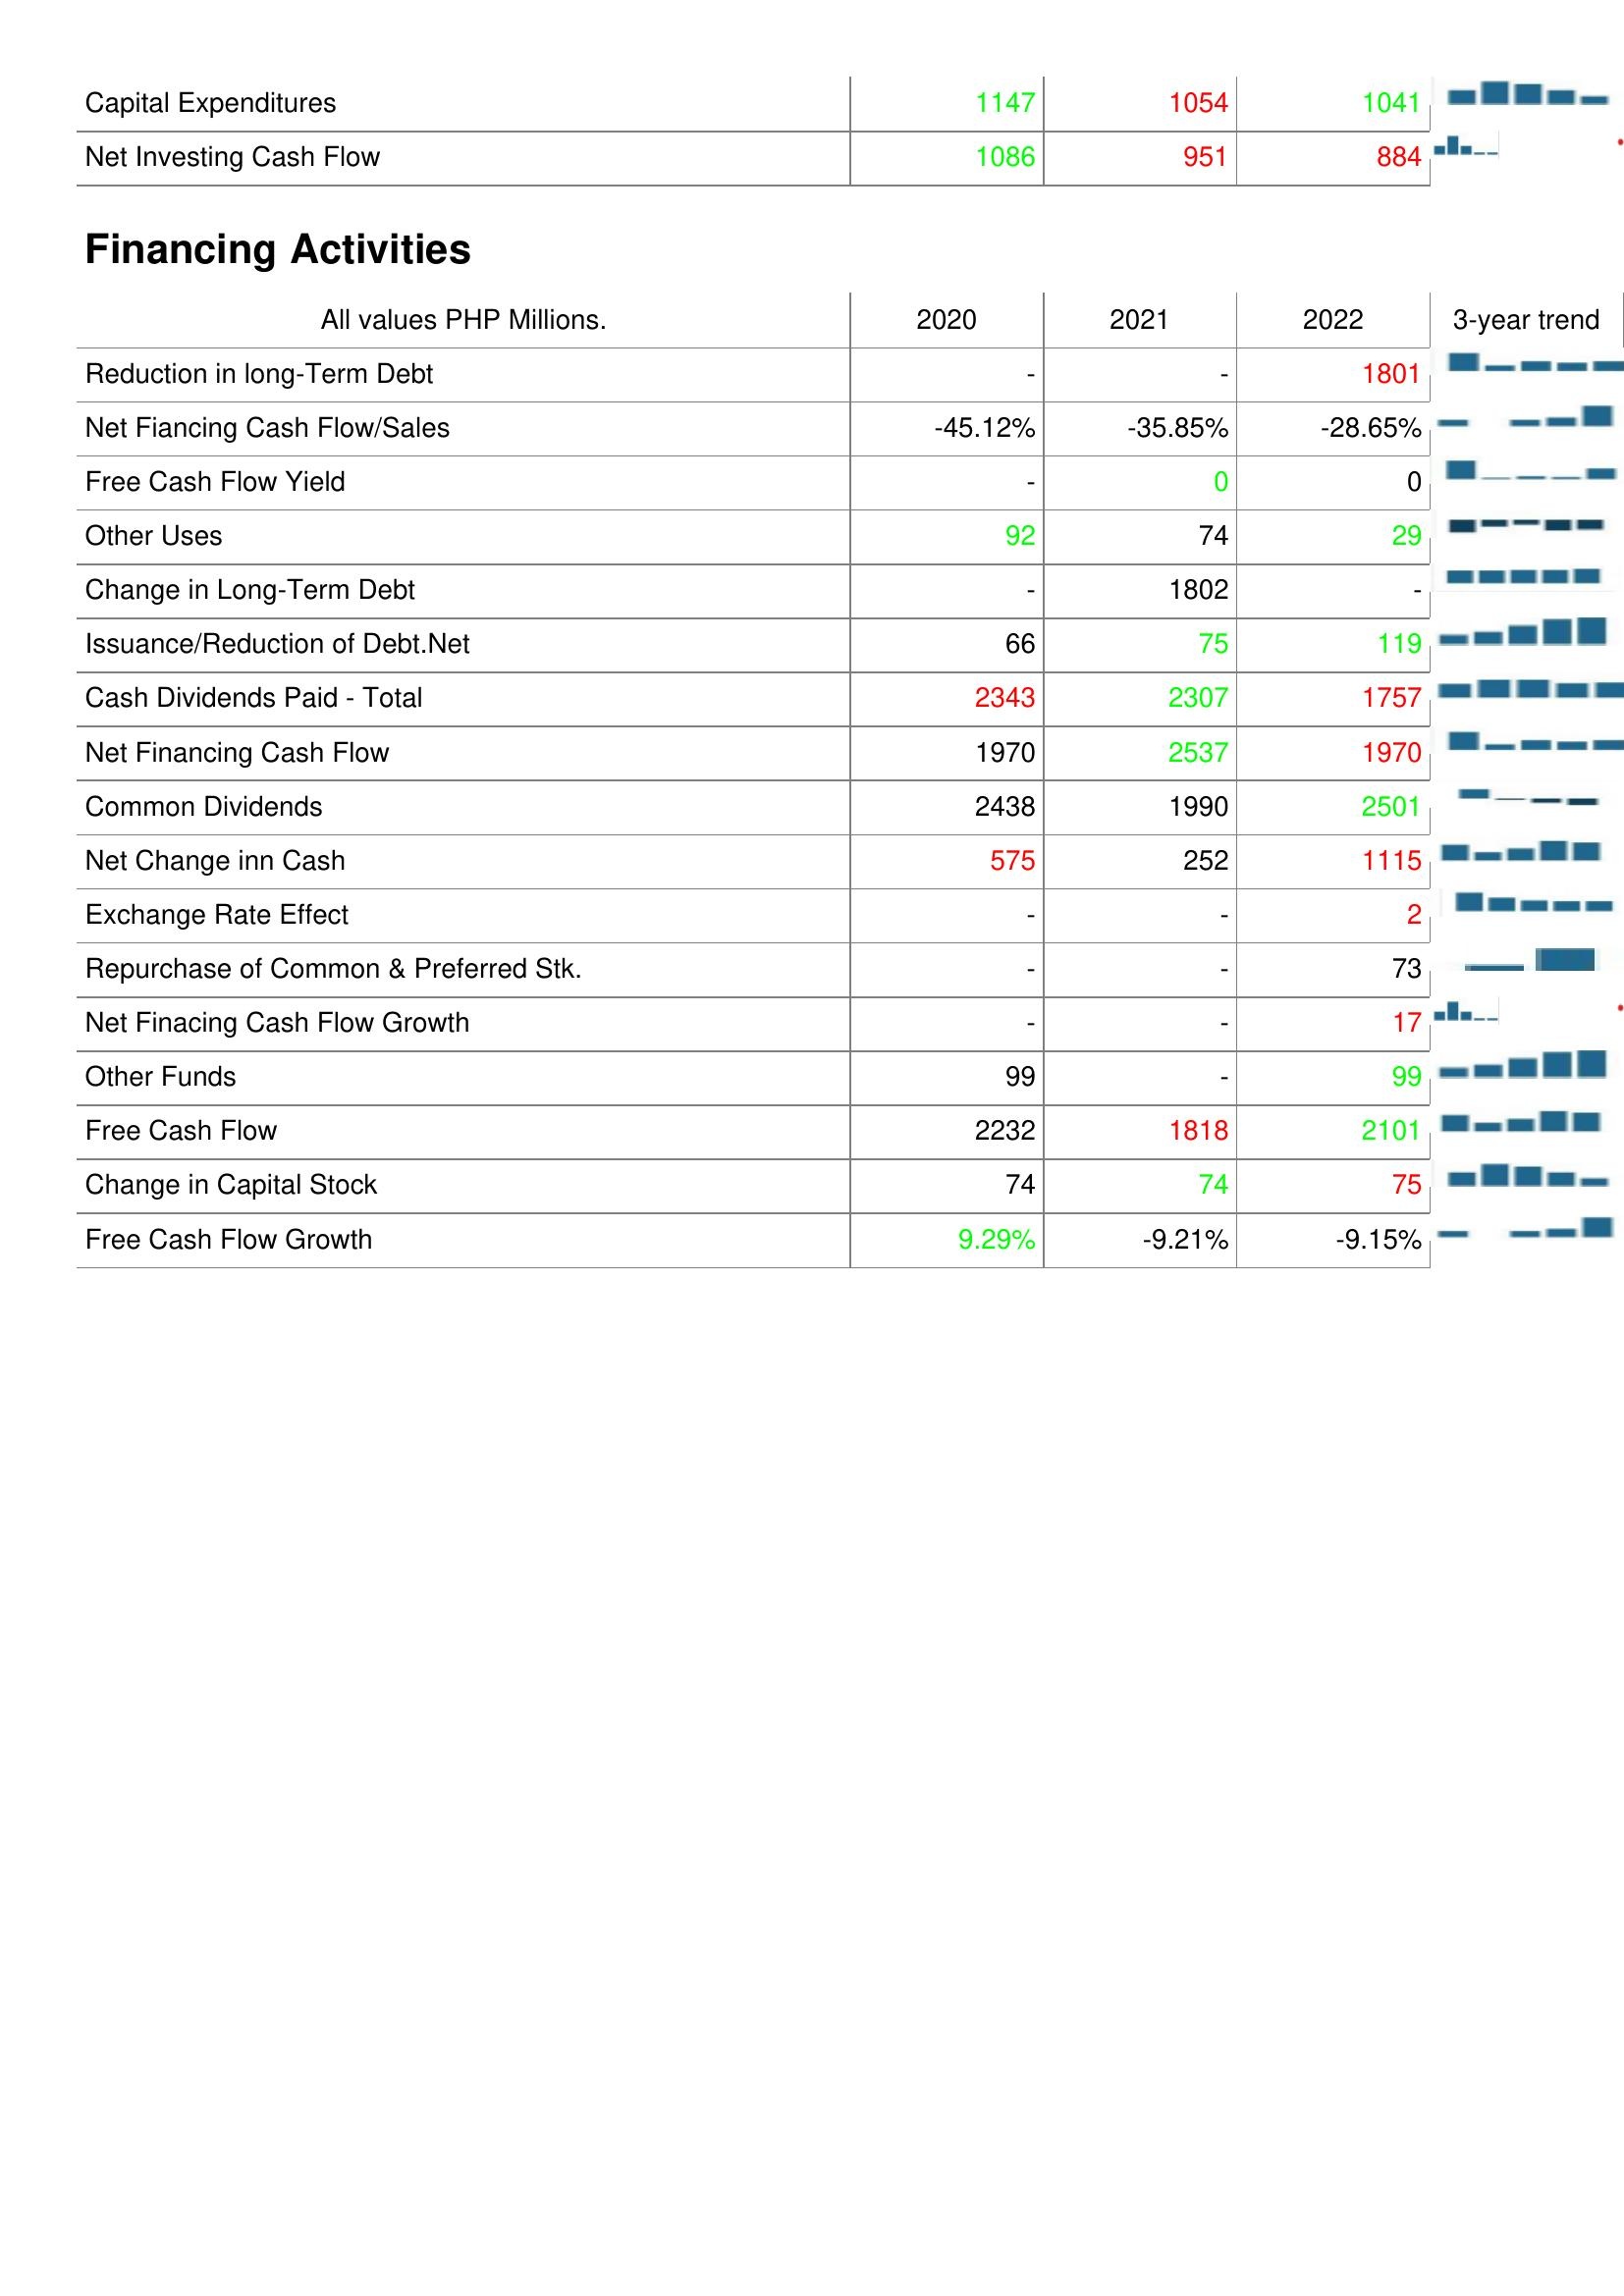
2020: Investing Activities: Capital Expenditures: 1147
Net Investing Cash Flow: 1086
Financing Activities: Reduction in long-Term Debt: -
Net Fiancing Cash Flow/Sales: -45.12%
Free Cash Flow Yield: -
Other Uses: 92
Change in Long-Term Debt: -
Issuance/Reduction of Debt.Net: 66
Cash Dividends Paid - Total: 2343
Net Financing Cash Flow: 1970
Common Dividends: 2438
Net Change inn Cash: 575
Exchange Rate Effect: -
Repurchase of Common & Preferred Stk.: -
Net Finacing Cash Flow Growth: -
Other Funds: 99
Free Cash Flow: 2232
Change in Capital Stock: 74
Free Cash Flow Growth: 9.29%
2021: Investing Activities: Capital Expenditures: 1054
Net Investing Cash Flow: 951
Financing Activities: Reduction in long-Term Debt: -
Net Fiancing Cash Flow/Sales: -35.85%
Free Cash Flow Yield: 0
Other Uses: 74
Change in Long-Term Debt: 1802
Issuance/Reduction of Debt.Net: 75
Cash Dividends Paid - Total: 2307
Net Financing Cash Flow: 2537
Common Dividends: 1990
Net Change inn Cash: 252
Exchange Rate Effect: -
Repurchase of Common & Preferred Stk.: -
Net Finacing Cash Flow Growth: -
Other Funds: -
Free Cash Flow: 1818
Change in Capital Stock: 74
Free Cash Flow Growth: -9.21%
2022: Investing Activities: Capital Expenditures: 1041
Net Investing Cash Flow: 884
Financing Activities: Reduction in long-Term Debt: 1801
Net Fiancing Cash Flow/Sales: -28.65%
Free Cash Flow Yield: 0
Other Uses: 29
Change in Long-Term Debt: -
Issuance/Reduction of Debt.Net: 119
Cash Dividends Paid - Total: 1757
Net Financing Cash Flow: 1970
Common Dividends: 2501
Net Change inn Cash: 1115
Exchange Rate Effect: 2
Repurchase of Common & Preferred Stk.: 73
Net Finacing Cash Flow Growth: 17
Other Funds: 99
Free Cash Flow: 2101
Change in Capital Stock: 75
Free Cash Flow Growth: -9.15%